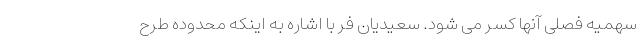
سهمیه فصلی آنها کسر می شود. سعیدیان فر با اشاره به اینکه محدوده طرح